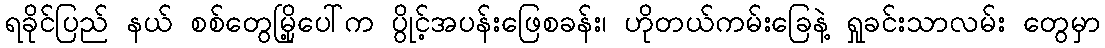
ရခိုင်ပြည် နယ် စစ်တွေမြို့ပေါ်က ပွိုင့်အပန်းဖြေစခန်း၊ ဟိုတယ်ကမ်းခြေနဲ့ ရှုခင်းသာလမ်း တွေမှာ